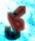
كل